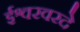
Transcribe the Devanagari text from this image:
ईश्वरवरदे